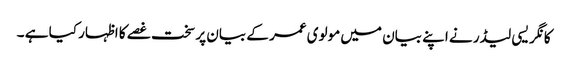
کانگریسی لیڈر نے اپنے بیان میں مولوی عمر کے بیان پر سخت غصے کا اظہار کیا ہے ۔